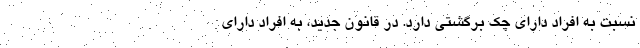
نسبت به افراد دارای چک برگشتی دارد. در قانون جدید، به افراد دارای